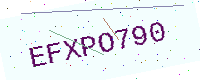
Text: EFXPO790